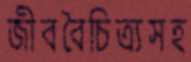
জীববৈচিত্র্যসহ